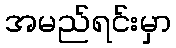
အမည်ရင်းမှာ